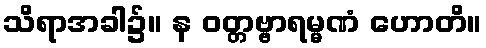
သိရာအခါ၌။ န ဝတ္တဗ္ဗာရမ္မဏံ ဟောတိ။